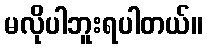
မလိုပါဘူးရပါတယ်။